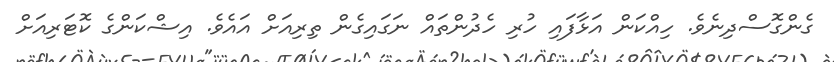
ގެންގޮސްދިނެވެ. ހިއްކަން އަޅާފައި ހުރި ހެދުންތައް ނަގައިގެން ތިރިއަށް އައެވެ. އިޝްކަންގެ ކޮޓަރިއަށް